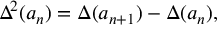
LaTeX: \Delta ^ { 2 } ( a _ { n } ) = \Delta ( a _ { n + 1 } ) - \Delta ( a _ { n } ) ,